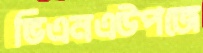
ভিএনএউপজে